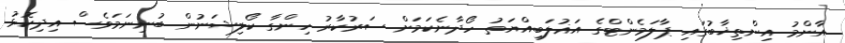
އާންމު އިންތިޚާބުގައި ޕާލަމެންޓްގެ އަޣުލަބިއްޔަތު ހޯދާނެކަމަށް ސަރުކާރު ހިންގާ ކޯލިޝަނުން ބުނިނަމަވެސް އިދިކޮޅު